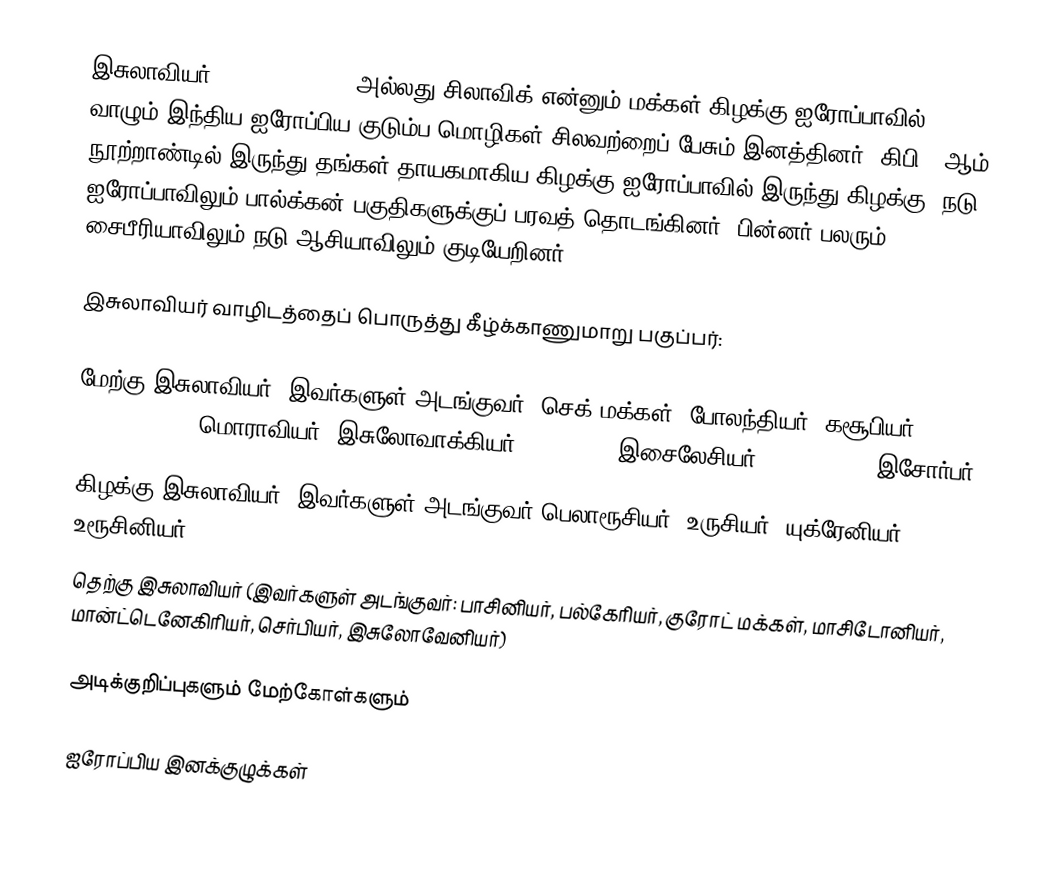
இசுலாவியர் (Slavic people) அல்லது சிலாவிக் என்னும் மக்கள் கிழக்கு ஐரோப்பாவில் வாழும் இந்திய-ஐரோப்பிய குடும்ப மொழிகள் சிலவற்றைப் பேசும் இனத்தினர். கிபி 6 ஆம் நூற்றாண்டில் இருந்து தங்கள் தாயகமாகிய கிழக்கு ஐரோப்பாவில் இருந்து கிழக்கு, நடு ஐரோப்பாவிலும் பால்க்கன் பகுதிகளுக்குப் பரவத் தொடங்கினர். பின்னர் பலரும் சைபீரியாவிலும் நடு ஆசியாவிலும் குடியேறினர்.

இசுலாவியர் வாழிடத்தைப் பொருத்து கீழ்க்காணுமாறு பகுப்பர்:

 மேற்கு இசுலாவியர் (இவர்களுள் அடங்குவர்: செக் மக்கள், போலந்தியர், கசூபியர் (Kashubians), மொராவியர், இசுலோவாக்கியர் (Slovaks), இசைலேசியர் (Silesians), இசோர்பர் (Sorbs)),
 கிழக்கு இசுலாவியர் (இவர்களுள் அடங்குவர்  பெலாரூசியர், உருசியர், யுக்ரேனியர், உரூசினியர் (Rusyns)
 தெற்கு இசுலாவியர் (இவர்களுள் அடங்குவர்: பாசினியர், பல்கேரியர், குரோட் மக்கள், மாசிடோனியர், மான்ட்டெனேகிரியர், செர்பியர், இசுலோவேனியர்)

அடிக்குறிப்புகளும் மேற்கோள்களும்

ஐரோப்பிய இனக்குழுக்கள்